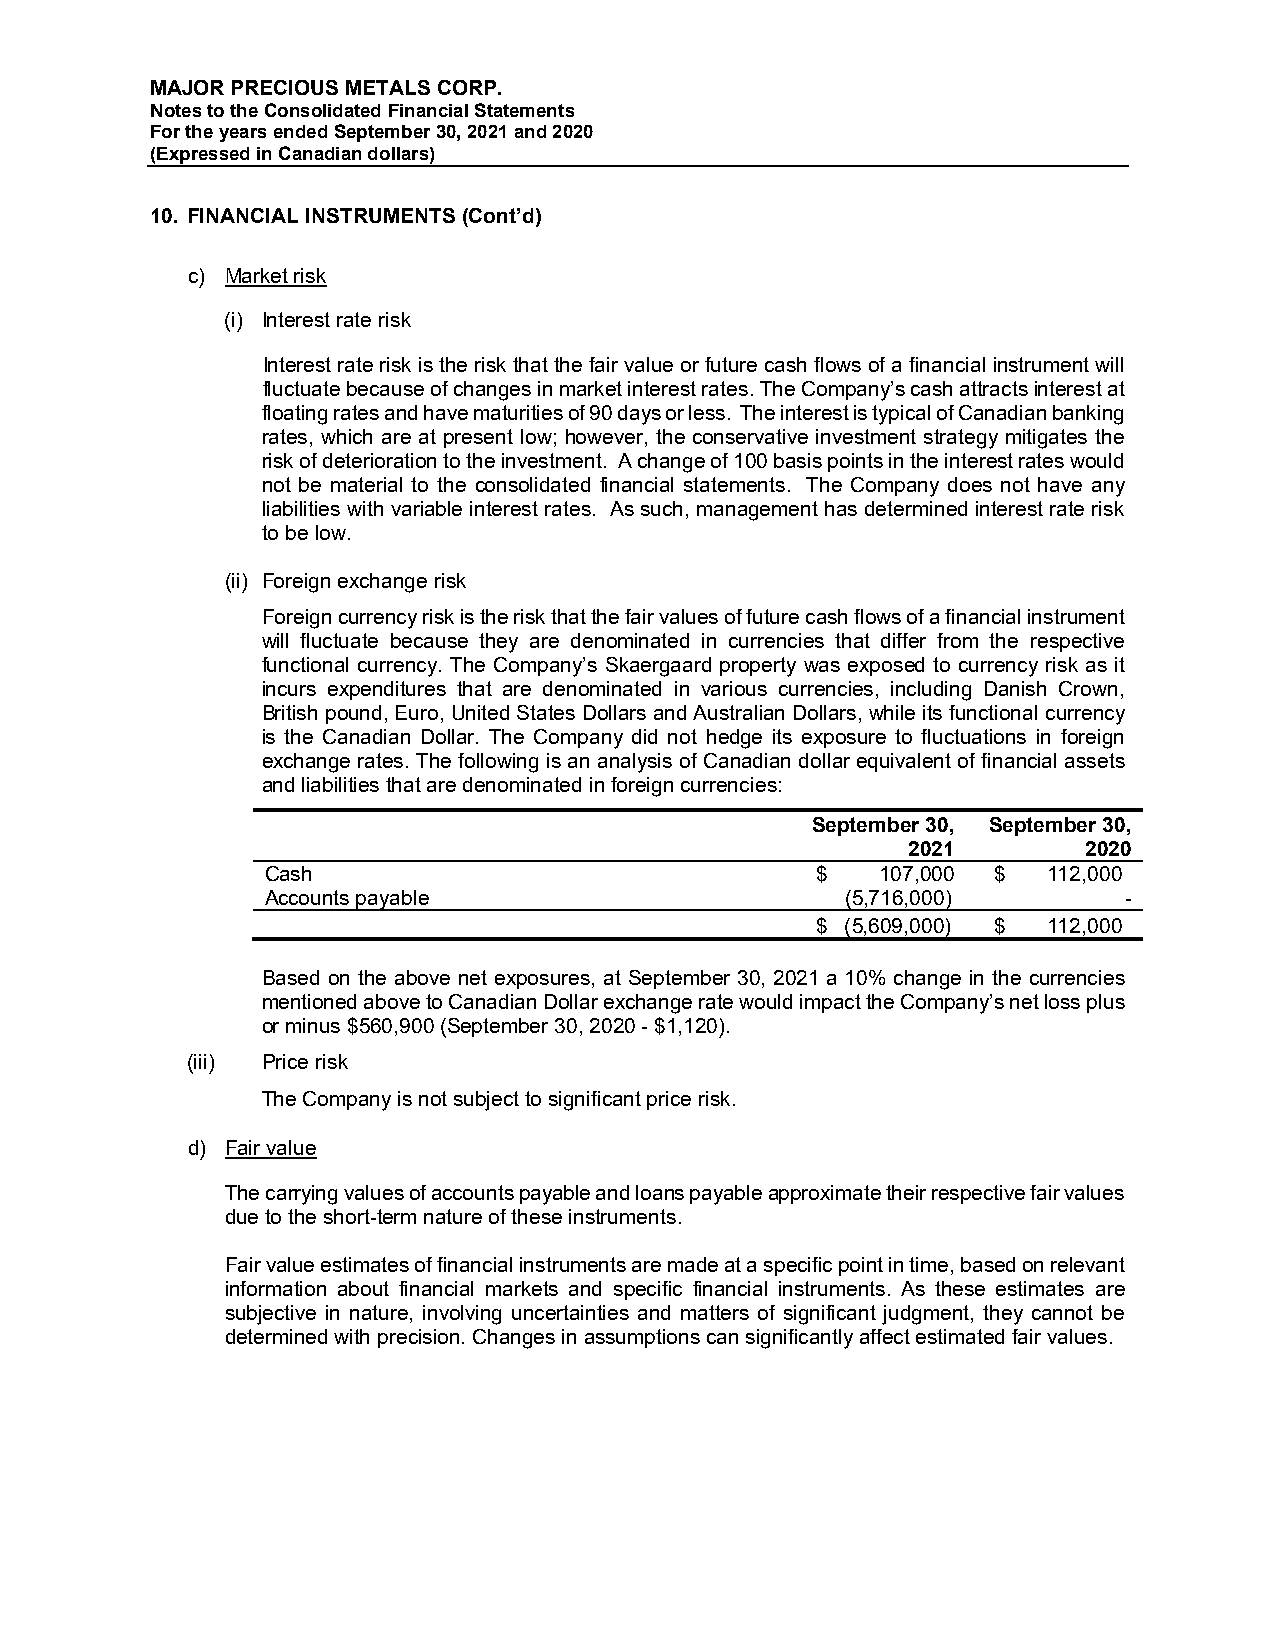
MAJOR PRECIOUS METALS CORP.
 Notes to the Consolidated Financial Statements
 For the years ended September 30, 2021 and 2020
 (Expressed in Canadian dollars)
 10. FINANCIAL INSTRUMENTS (Cont’d)
 c) Market risk
 (i) Interest rate risk
 Interest rate risk is the risk that the fair value or future cash flows of a financial instrument will
 fluctuate because of changes in market interest rates. The Company’s cash attracts interest at
 floating rates and have maturities of 90 days or less. The interest is typical of Canadian banking
 rates, which are at present low; however, the conservative investment strategy mitigates the
 risk of deterioration to the investment. A change of 100 basis points in the interest rates would
 not be material to the consolidated financial statements. The Company does not have any
 liabilities with variable interest rates. As such, management has determined interest rate risk
 to be low.
 (ii) Foreign exchange risk
 Foreign currency risk is the risk that the fair values of future cash flows of a financial instrument
 will fluctuate because they are denominated in currencies that differ from the respective
 functional currency. The Company’s Skaergaard property was exposed to currency risk as it
 incurs expenditures that are denominated in various currencies, including Danish Crown,
 British pound, Euro, United States Dollars and Australian Dollars, while its functional currency
 is the Canadian Dollar. The Company did not hedge its exposure to fluctuations in foreign
 exchange rates. The following is an analysis of Canadian dollar equivalent of financial assets
 and liabilities that are denominated in foreign currencies:
 September 30, September 30,
 2021        2020
 Cash                                $   107,000 $  112,000
 Accounts payable                      (5,716,000)       -
 $ (5,609,000) $ 112,000
 Based on the above net exposures, at September 30, 2021 a 10% change in the currencies
 mentioned above to Canadian Dollar exchange rate would impact the Company’s net loss plus
 or minus $560,900 (September 30, 2020 - $1,120).
 (iii) Price risk
 The Company is not subject to significant price risk.
 d) Fair value
 The carrying values of accounts payable and loans payable approximate their respective fair values
 due to the short-term nature of these instruments.
 Fair value estimates of financial instruments are made at a specific point in time, based on relevant
 information about financial markets and specific financial instruments. As these estimates are
 subjective in nature, involving uncertainties and matters of significant judgment, they cannot be
 determined with precision. Changes in assumptions can significantly affect estimated fair values.